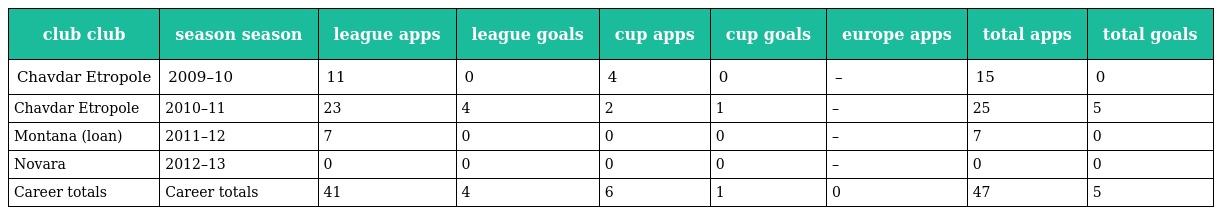
| club club | season season | league apps | league goals | cup apps | cup goals | europe apps | total apps | total goals |
 | --- | --- | --- | --- | --- | --- | --- | --- | --- |
 | Chavdar Etropole | 2009–10 | 11 | 0 | 4 | 0 | – | 15 | 0 |
 | Chavdar Etropole | 2010–11 | 23 | 4 | 2 | 1 | – | 25 | 5 |
 | Montana (loan) | 2011–12 | 7 | 0 | 0 | 0 | – | 7 | 0 |
 | Novara | 2012–13 | 0 | 0 | 0 | 0 | – | 0 | 0 |
 | Career totals | Career totals | 41 | 4 | 6 | 1 | 0 | 47 | 5 |